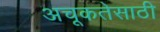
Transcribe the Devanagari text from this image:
अचूकतेसाठी